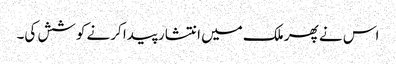
اس نے پھر ملک میں انتشار پیدا کرنے کوشش کی۔